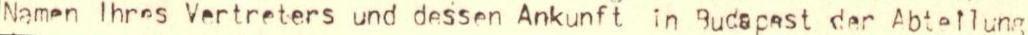
Namen lhres Vertreters und dessen Ankunft in Bucapest der Abteilung